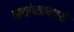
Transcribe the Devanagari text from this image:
नद्यांच्यामध्ये